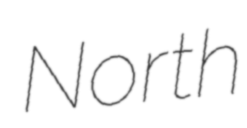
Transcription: North